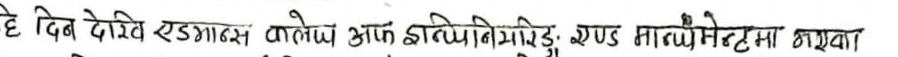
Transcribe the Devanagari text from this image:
हे दिव देवि एडगास कलेज अफ इञ्जिनेरिड एण्ड म्यानेजमेन्टमा गयवा